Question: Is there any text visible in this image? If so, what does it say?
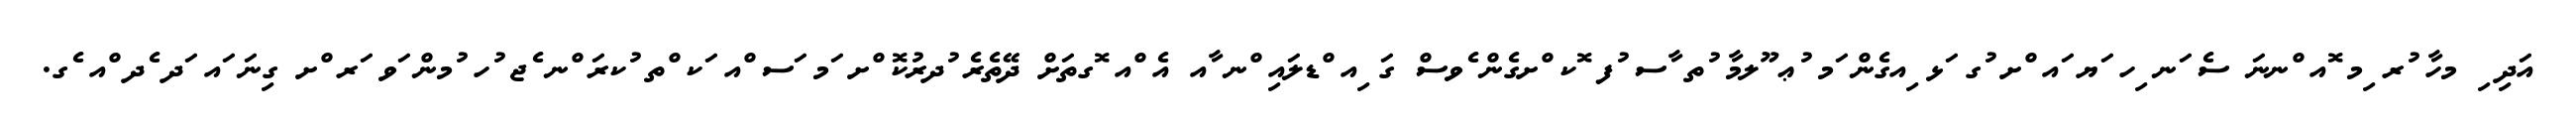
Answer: އަދި ި މހާ ުރ ިމ ޮއ ްނނަ ސެ ަނ ިހ ަޔ ައ ްށ ުގ ަޅ ިއގެން ަމ ުޢ ޫލމާ ުތ ާސ ުފ ޮކ ްށގެން ެވސް ގަ ިއ ްޑލައި ްނ ާއ އެ ްއ ޮގތަށް ދޭތެރެ ުދރުކޮ ްށ ަމ ަސ ްއ ަކ ްތ ުކރަ ްނ ެޖ ުހ ުމން ަވ ަރ ްށ ގިނަ ައ ަދ ެދ ްއ ެގ.